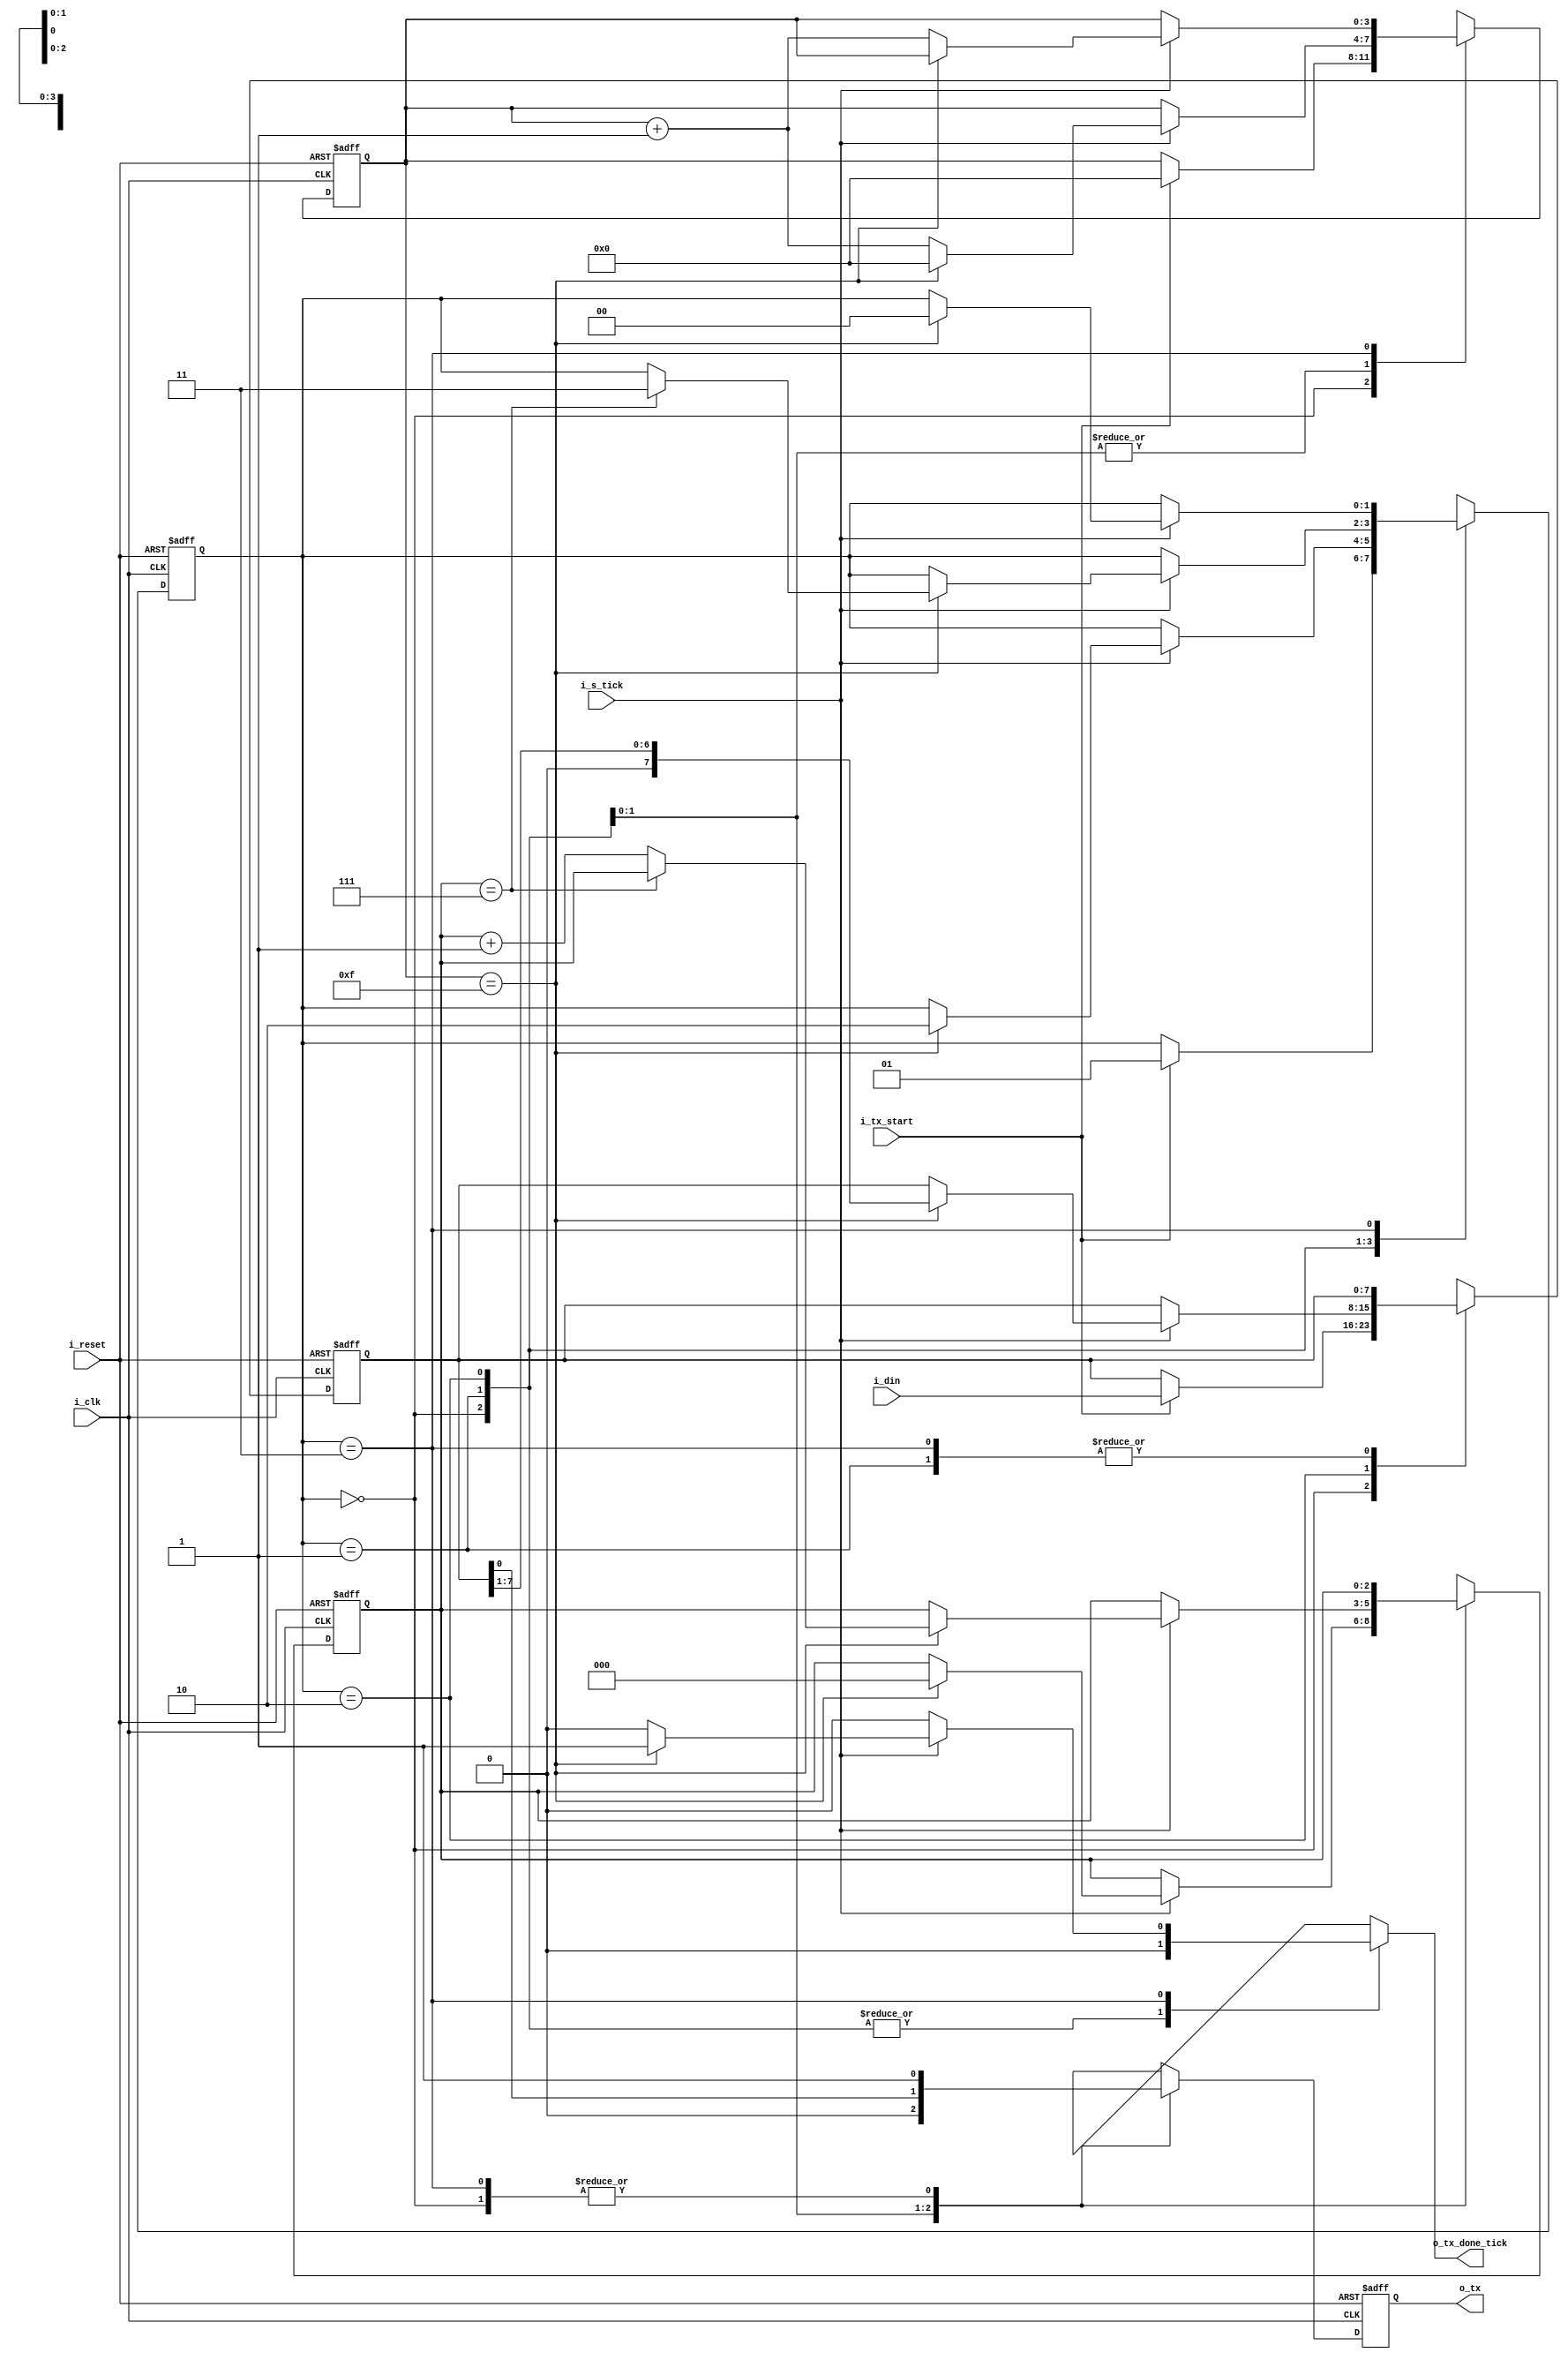
`timescale 1ns / 1ps
module uart_tx
	#(
		parameter DBIT = 8,		// # data bits
		parameter SB_TICK = 16	// # ticks for stop bit
   )
	(
		input		wire 			i_clk,
		input		wire 			i_reset,
		input		wire 			i_tx_start,
		input 	wire 			i_s_tick,
		input 	wire	[7:0] i_din,
		output 	reg 			o_tx_done_tick,
		output 	wire 			o_tx
	);
	//symbolic state declaration
	localparam [1:0]
		idle = 2'b00,
		start =2'b01,
		data = 2'b10,
		stop = 2'b11;
	
	//signal declaration
	reg [1:0] state_reg, state_next;
	reg [3:0] s_reg, s_next;
	reg [2:0] n_reg, n_next;
	reg [7:0] b_reg, b_next;
	reg tx_reg, tx_next;
	
	//body
	//FSMD state & ata registers
	always @(posedge i_clk, posedge i_reset)
		if(i_reset)
			begin
				state_reg <= idle;
				s_reg <=0;
				n_reg <=0;
				b_reg <=0;
				tx_reg <= 1'b1;
			end
		else
			begin
				state_reg <= state_next;
				s_reg <= s_next;
				n_reg <= n_next;
				b_reg <= b_next;
				tx_reg <= tx_next;
			end
			
	//FSMD next state logic & functional units
	always @(*)
	begin
		state_next = state_reg;
		o_tx_done_tick = 1'b0;
		s_next = s_reg;
		n_next = n_reg;
		b_next = b_reg;
		tx_next = tx_reg;
		case (state_reg)
			idle:
				begin
					tx_next = 1'b1;
					if(i_tx_start)
						begin
							state_next = start;
							s_next = 0;
							b_next = i_din;
						end
				end
			start:
				begin
					tx_next = 1'b0;
					if(i_s_tick)
						if(s_reg==15)
							begin
								state_next = data;
								s_next = 0;
								n_next = 0;
							end
						else
							s_next = s_reg + 1;
				end
			data:
				begin
					tx_next = b_reg[0];
					if(i_s_tick)
						if(s_reg==15)
							begin
								s_next = 0;
								b_next = b_reg >> 1;
								if(n_reg==(DBIT-1))
									state_next = stop;
								else
									n_next = n_reg + 1;
							end
						else
							s_next = s_reg + 1;
				end
			stop:
				begin
					tx_next = 1'b1;
					if(i_s_tick)
						if(s_reg==(SB_TICK-1))
							begin
								state_next = idle;
								o_tx_done_tick = 1'b1;
							end
						else
							s_next = s_reg + 1;
				end
		endcase
	end
		
	//output
	assign o_tx = tx_reg;

endmodule